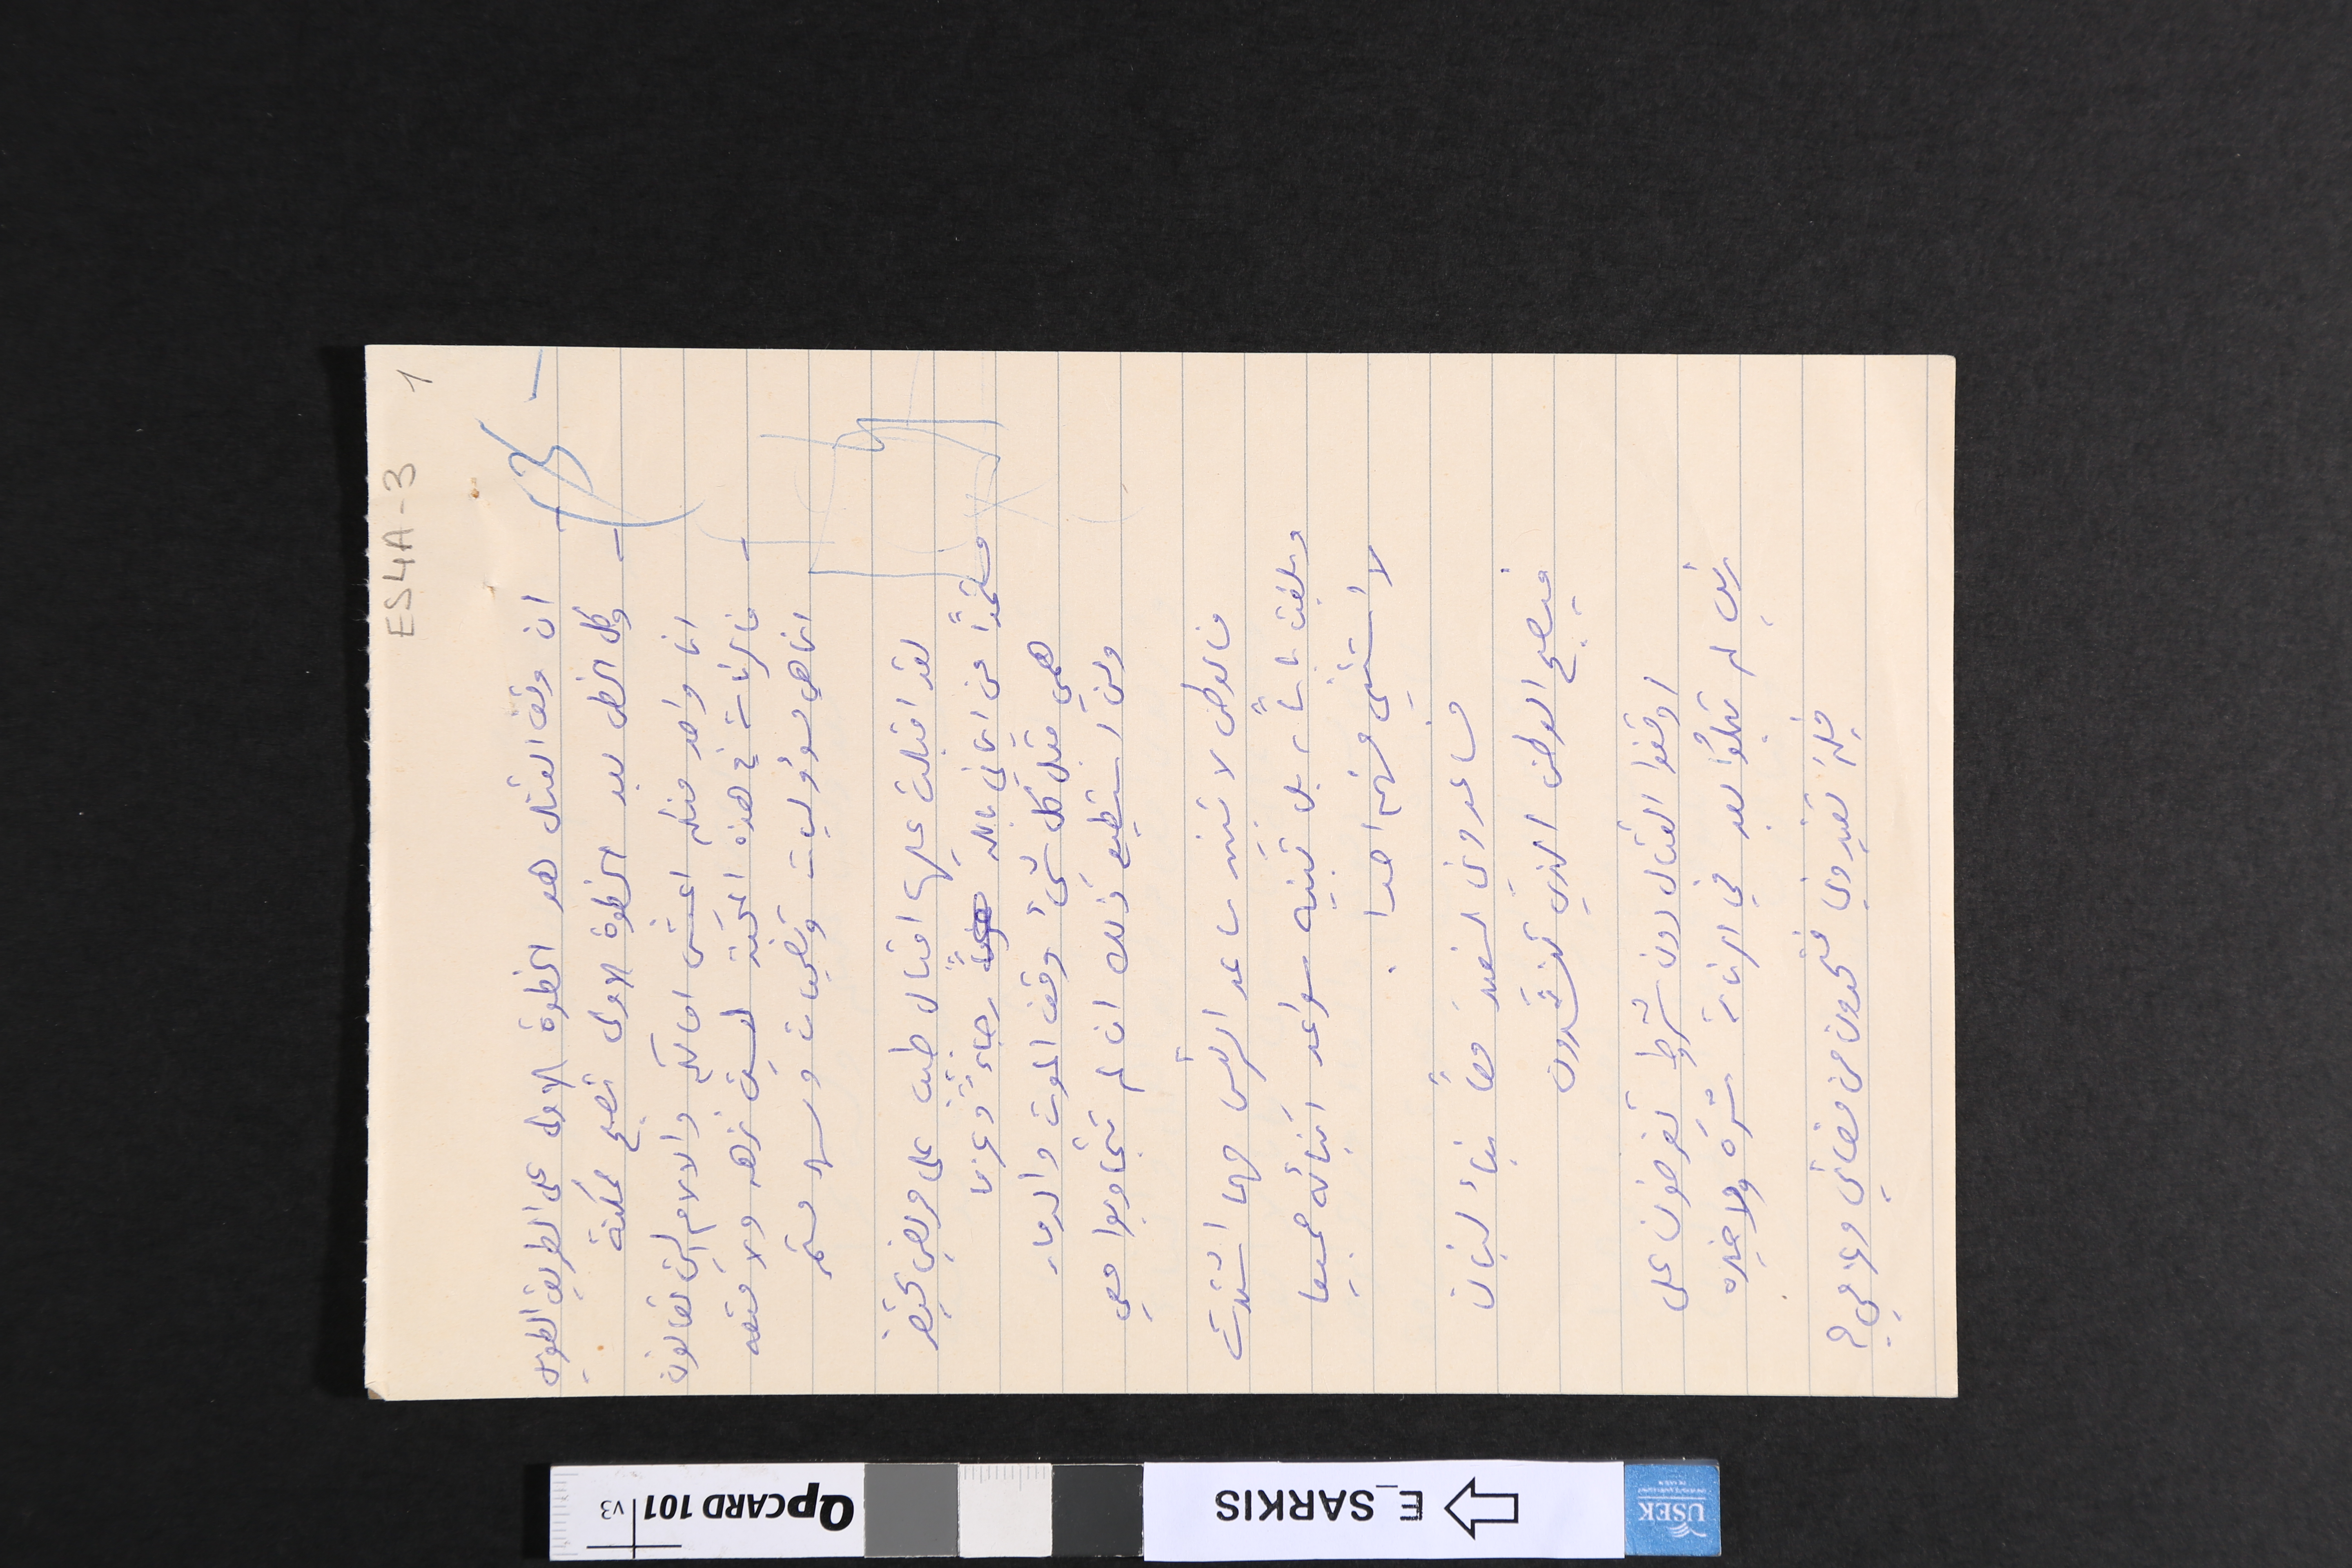
ان وقف القتال هو الخطوة الاولى على الطريق الطويل
وكل الخطى بعد الخطوة الاولى تصبح ممكنة
انا واحد منكم اعيش امالكم والالام التي تعانون
فالرئاسة في هذه المحنة لسيت نزهه ولا متعه
انما هي مسؤوليات وتضحيات وسهر مستمر
لقد اقبلت عليها اقبال طبيب على مريض يحتضر
مستمداً من ايماني بالله رجاءً وعزى
همي قبل كل شيء وقف الموت والدمار
ولن استطيع ذلك ان لم تتجاوبوا معي
فالوطن لا تبنيه ساعد الرئيس مهما اشتدت
وبلغت باساً، بل تبنيه سواعد ابنائه جميعا
لا استـثـني منهم احدا.
فساعدوني لنعيد معاً بنأ لبنان
فيصبح الوطن الذي تنشدون
اوقفوا القتال دون شروط تفرضون على
فلن تفيدوني فتحدون من مضائي وعزمي؟
رئيس لم تبلُوا بعد في الرئاسة شرَه ولا خيره
EٍS4A-3  1